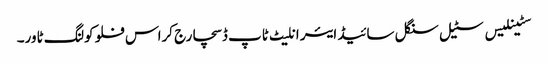
سٹینلیس سٹیل سنگل سائیڈ ایئر انلیٹ ٹاپ ڈسچارج کراس فلو کولنگ ٹاور۔